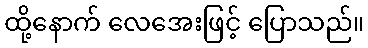
ထို့နောက် လေအေးဖြင့် ပြောသည်။